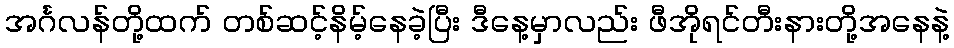
အင်္ဂလန်တို့ထက် တစ်ဆင့်နိမ့်နေခဲ့ပြီး ဒီနေ့မှာလည်း ဖီအိုရင်တီးနားတို့အနေနဲ့